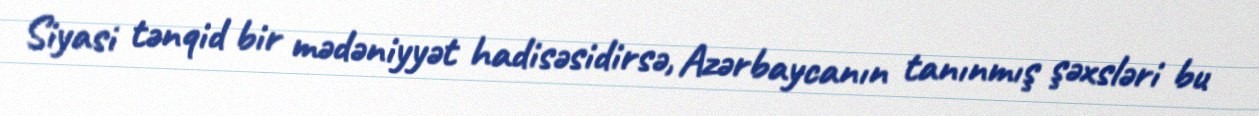
Siyasi tənqid bir mədəniyyət hadisəsidirsə, Azərbaycanın tanınmış şəxsləri bu